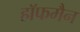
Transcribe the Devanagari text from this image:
हाॅफमैन